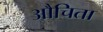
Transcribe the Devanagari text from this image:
औचिता